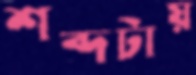
শব্দটায়